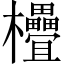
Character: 𣡭